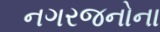
નગરજનોના